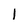
Character: 1